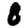
Digit: 8